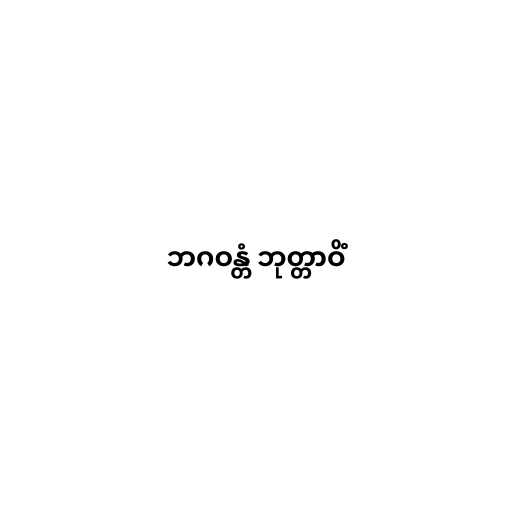
ဘဂဝန္တံ ဘုတ္တာဝိံ